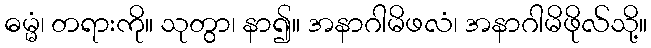
ဓမ္မံ၊ တရားကို။ သုတွာ၊ နာ၍။ အနာဂါမိဖလံ၊ အနာဂါမိဖိုလ်သို့။